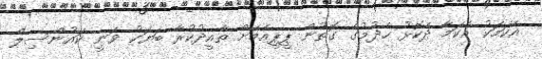
އެކަމަކު އެކަމާ ދެކޮޅު ހެދުމުގެ ގޮތުން ޕީޕީއެމަށް ތާއީދުކުރާ ބަޔަކު ވަނީ ކައުންސިލް